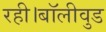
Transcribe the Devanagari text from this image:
रही।बॉलीवुड